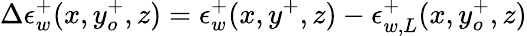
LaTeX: \Delta\epsilon_{w}^{+}(x,y_{o}^{+},z)=\epsilon_{w}^{+}(x,y^{+},z)-\epsilon_{w,L}^{+}(x,y_{o}^{+},z)